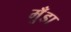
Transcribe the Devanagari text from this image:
मुँडा